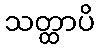
သတ္ထာပိ